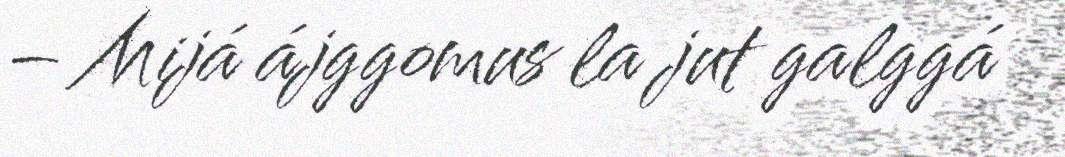
– Mijá ájggomus la jut galggá